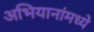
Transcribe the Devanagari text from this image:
अभियानांमध्ये